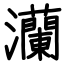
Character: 灡